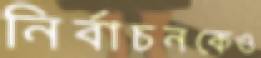
নির্বাচনকেও